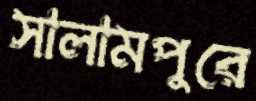
সালামপুরে